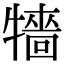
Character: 𤛷